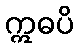
ဣဓပိ